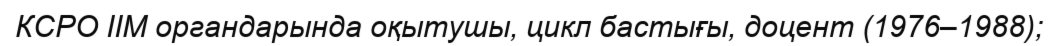
КСРО ІІМ органдарында оқытушы, цикл бастығы, доцент (1976–1988);